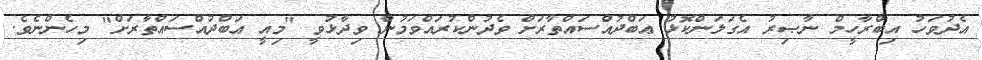
އެދުވަހު އިބްރާހީމް ނާޞިރު އެގަލަންކޮޅު ޢަބްދުއްސައްތާރަށް ވެދުންކުރައްވަމުން ވިދާޅުވީ "މިއީ ޢަބްދުއްސައްތާރަށް" މިހެންނެވެ.